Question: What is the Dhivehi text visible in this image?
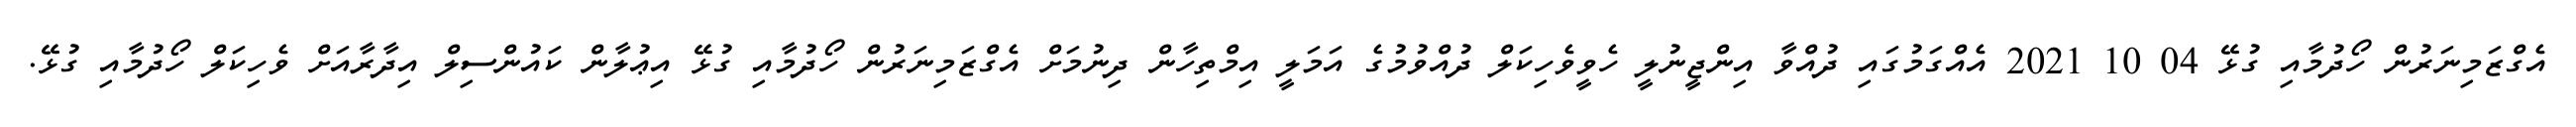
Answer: އެގްޒަމިނަރުން ހޯދުމާއި ގުޅޭ 04 10 2021 އެއްގަމުގައި ދުއްވާ އިންޖީނުލީ ހެވީވެހިކަލް ދުއްވުމުގެ އަމަލީ އިމްތިހާން ދިނުމަށް އެގްޒަމިނަރުން ހޯދުމާއި ގުޅޭ އިޢުލާން ކައުންސިލް އިދާރާއަށް ވެހިކަލް ހޯދުމާއި ގުޅޭ.